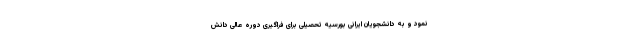
نمود و به دانشجویان ایرانی بورسیه تحصیلی برای فراگیری دوره عالی دانش